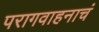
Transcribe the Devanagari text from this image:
परागवाहनाचं